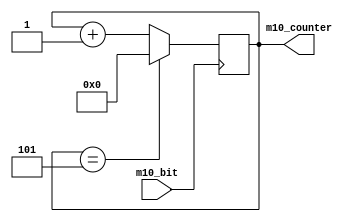
module m10(m10_bit, m10_counter);

input m10_bit;
output reg [4:0] m10_counter;							

always @ (posedge m10_bit)begin
	m10_counter <= m10_counter + 1;
	
	if (m10_counter == 5)begin
		m10_counter <=0;
	end
end

endmodule